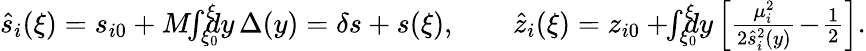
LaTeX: \begin{array}{r}{\hat{s}_{i}(\xi)=s_{i0}+M\! \! \int_{\xi_{0}}^{\xi}\! \! \! \! dy\, \Delta(y)=\delta s+s(\xi),\qquad\hat{z}_{i}(\xi)=z_{i0}+\! \! \int_{\xi_{0}}^{\xi}\! \! \! \! dy\left[\frac{\mu_{i}^{2}}{2\hat{s}_{i}^{2}(y)}\! -\! \frac 12\right].}\end{array}